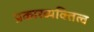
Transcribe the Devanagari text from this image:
प्रकारव्यक्तित्व